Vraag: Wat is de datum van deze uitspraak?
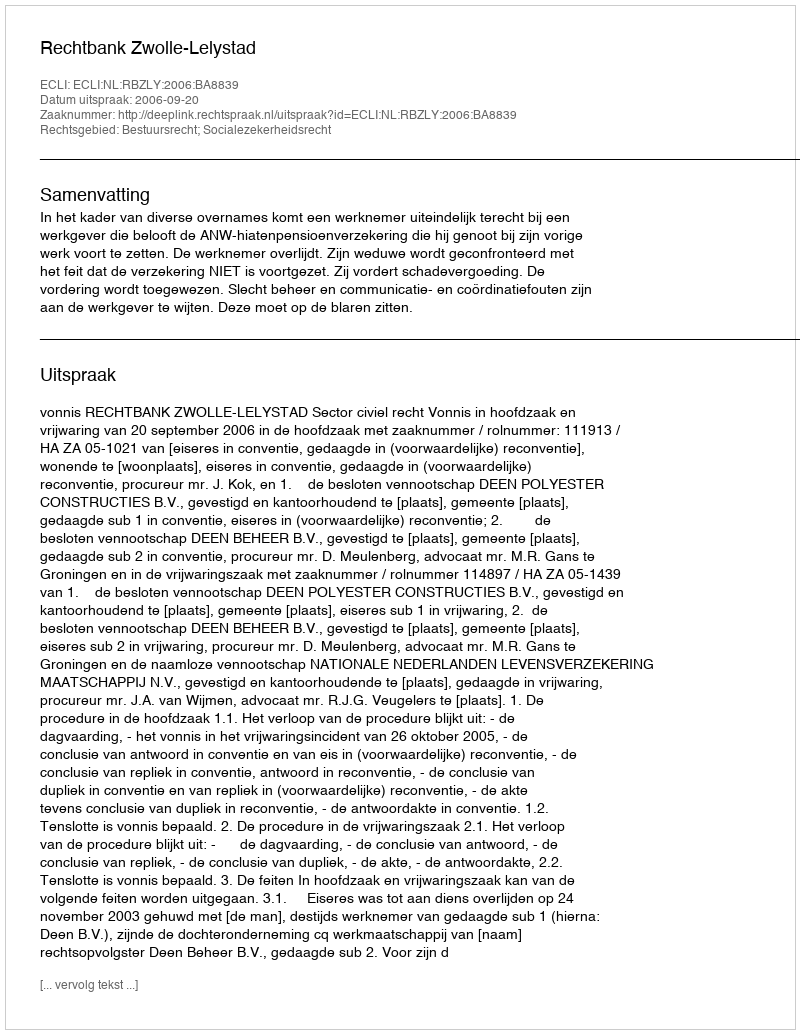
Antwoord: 2006-09-20